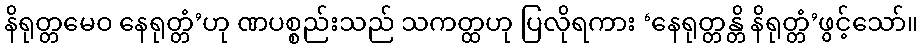
နိရုတ္တမေဝ နေရုတ္တံ’ဟု ဏပစ္စည်းသည် သကတ္ထဟု ပြလိုရကား ‘နေရုတ္တန္တိ နိရုတ္တံ’ဖွင့်သော်။